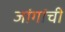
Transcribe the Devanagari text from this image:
जांगांची